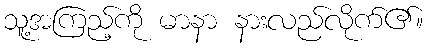
သူ့အကြည့်ကို မာနာ နားလည်လိုက်၏။